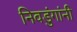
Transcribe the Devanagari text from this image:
निवडुंगांनी